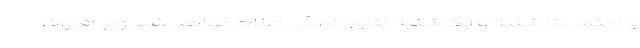
و احتمالا تا شنبه و یک‌شنبه نتایج نهائی اعلام خواهد شد. وی افزود: